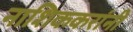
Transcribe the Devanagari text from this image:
नाशिककरांनी